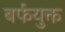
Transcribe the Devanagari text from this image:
बर्फयुक्त